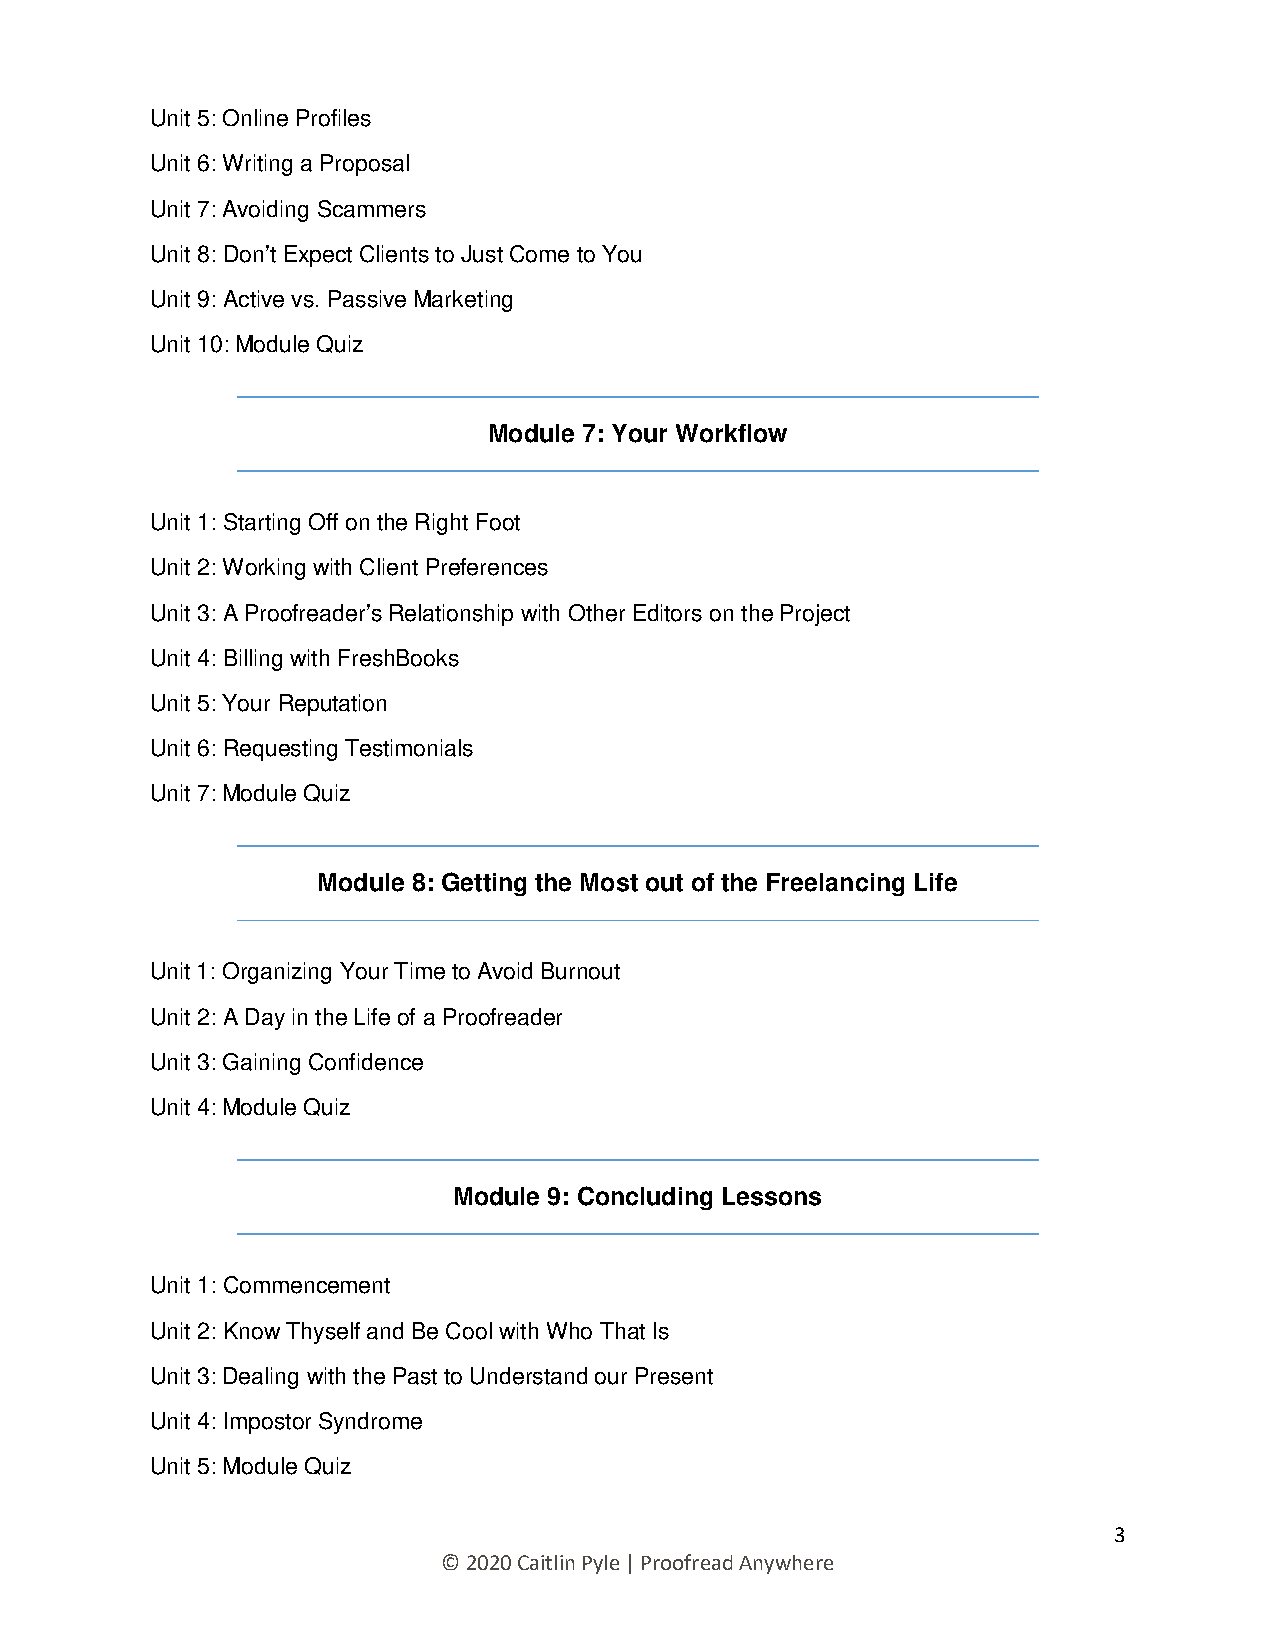
Unit 5: Online Profiles
 Unit 6: Writing a Proposal
 Unit 7: Avoiding Scammers
 Unit 8: Don’t Expect Clients to Just Come to You
 Unit 9: Active vs. Passive Marketing
 Unit 10: Module Quiz
 Module 7: Your Workflow
 Unit 1: Starting Off on the Right Foot
 Unit 2: Working with Client Preferences
 Unit 3: A Proofreader’s Relationship with Other Editors on the Project
 Unit 4: Billing with FreshBooks
 Unit 5: Your Reputation
 Unit 6: Requesting Testimonials
 Unit 7: Module Quiz
 Module 8: Getting the Most out of the Freelancing Life
 Unit 1: Organizing Your Time to Avoid Burnout
 Unit 2: A Day in the Life of a Proofreader
 Unit 3: Gaining Confidence
 Unit 4: Module Quiz
 Module 9: Concluding Lessons
 Unit 1: Commencement
 Unit 2: Know Thyself and Be Cool with Who That Is
 Unit 3: Dealing with the Past to Understand our Present
 Unit 4: Impostor Syndrome
 Unit 5: Module Quiz
 3
 © 2020 Caitlin Pyle | Proofread Anywhere